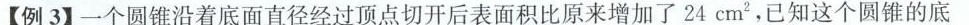
【例3】一个圆锥沿着底面直径经过顶点切开后表面积比原来增加了24cm^{2}，已知这个圆锥的底